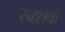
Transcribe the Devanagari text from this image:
रक्शक